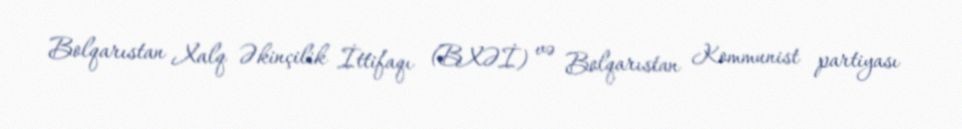
Bolqarıstan Xalq Əkinçilik İttifaqı (BXƏİ) və Bolqarıstan Kommunist partiyası